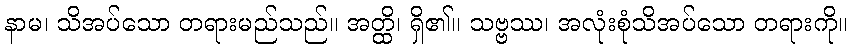
နာမ၊ သိအပ်သော တရားမည်သည်။ အတ္ထိ၊ ရှိ၏။ သဗ္ဗဿ၊ အလုံးစုံသိအပ်သော တရားကို။